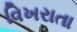
વિખરાતા